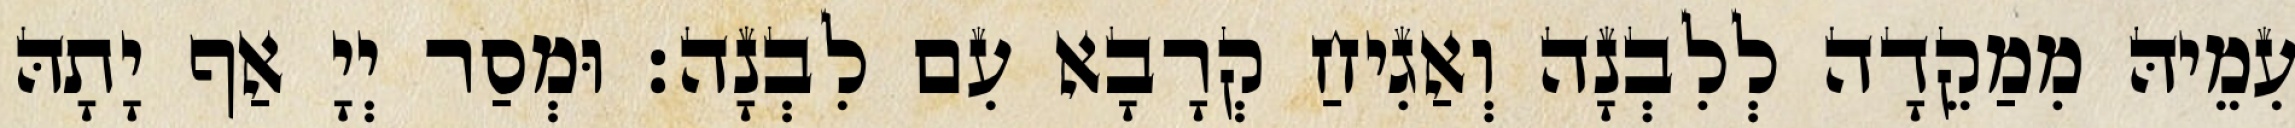
עִמֵיהּ מִמַקֵדָה לְלִבְנָה וְאַגִיחַ קְרָבָא עִם לִבְנָה׃ וּמְסַר יְיָ אַף יָתָהּ